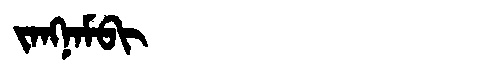
Manchu: ᠵᠠᠩᠨᠠᠮᠪᡳ
Romanization: JANGNAMBI